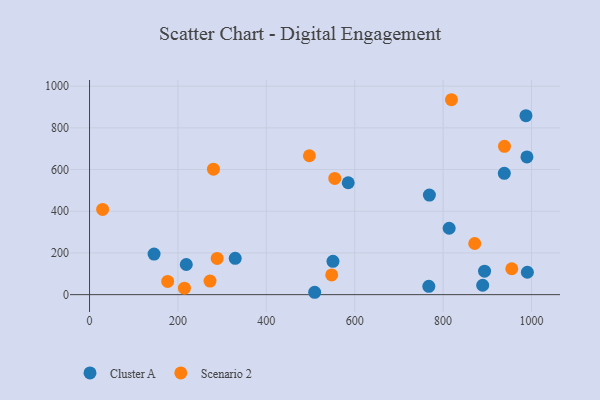
{"axis": {"x": "Distance", "y": "Exam Score"}, "legend": ["Cluster A", "Scenario 2"], "data": [{"x": "938.5", "y": 582.1, "type": "Cluster A"}, {"x": "990.7", "y": 107.5, "type": "Cluster A"}, {"x": "218.9", "y": 144.5, "type": "Cluster A"}, {"x": "585.3", "y": 536.7, "type": "Cluster A"}, {"x": "989.7", "y": 660.7, "type": "Cluster A"}, {"x": "146.0", "y": 194.7, "type": "Cluster A"}, {"x": "329.6", "y": 174.3, "type": "Cluster A"}, {"x": "769.0", "y": 477.6, "type": "Cluster A"}, {"x": "893.8", "y": 112.8, "type": "Cluster A"}, {"x": "987.5", "y": 858.5, "type": "Cluster A"}, {"x": "767.7", "y": 40.0, "type": "Cluster A"}, {"x": "550.8", "y": 159.9, "type": "Cluster A"}, {"x": "509.4", "y": 11.4, "type": "Cluster A"}, {"x": "889.6", "y": 45.2, "type": "Cluster A"}, {"x": "813.7", "y": 318.4, "type": "Cluster A"}, {"x": "214.7", "y": 31.3, "type": "Scenario 2"}, {"x": "29.6", "y": 408.9, "type": "Scenario 2"}, {"x": "280.4", "y": 601.9, "type": "Scenario 2"}, {"x": "818.9", "y": 934.9, "type": "Scenario 2"}, {"x": "554.9", "y": 557.3, "type": "Scenario 2"}, {"x": "547.9", "y": 94.5, "type": "Scenario 2"}, {"x": "955.4", "y": 124.2, "type": "Scenario 2"}, {"x": "288.8", "y": 173.9, "type": "Scenario 2"}, {"x": "497.5", "y": 666.2, "type": "Scenario 2"}, {"x": "871.6", "y": 245.4, "type": "Scenario 2"}, {"x": "176.8", "y": 63.6, "type": "Scenario 2"}, {"x": "272.6", "y": 65.0, "type": "Scenario 2"}, {"x": "938.9", "y": 711.3, "type": "Scenario 2"}]}